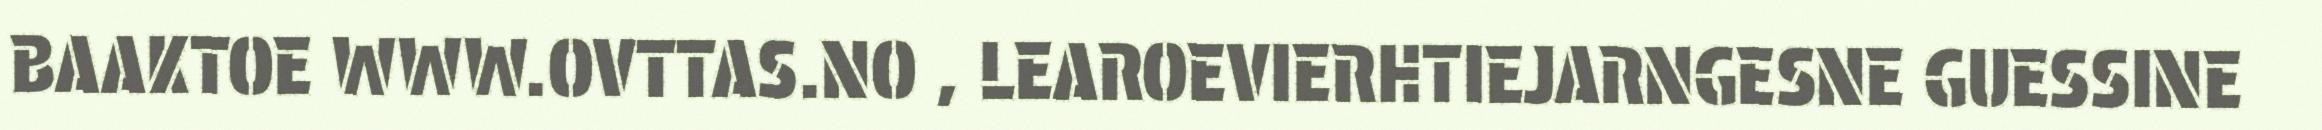
BAAKTOE WWW.OVTTAS.NO , LEAROEVIERHTIEJARNGESNE GUESSINE